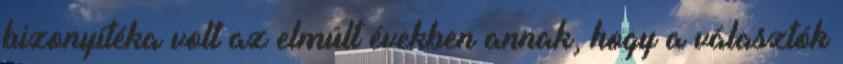
bizonyítéka volt az elmúlt években annak, hogy a választók